65_HS1-834228961_62-HQ-83894_Section_3
Agency: FBI
Page 151
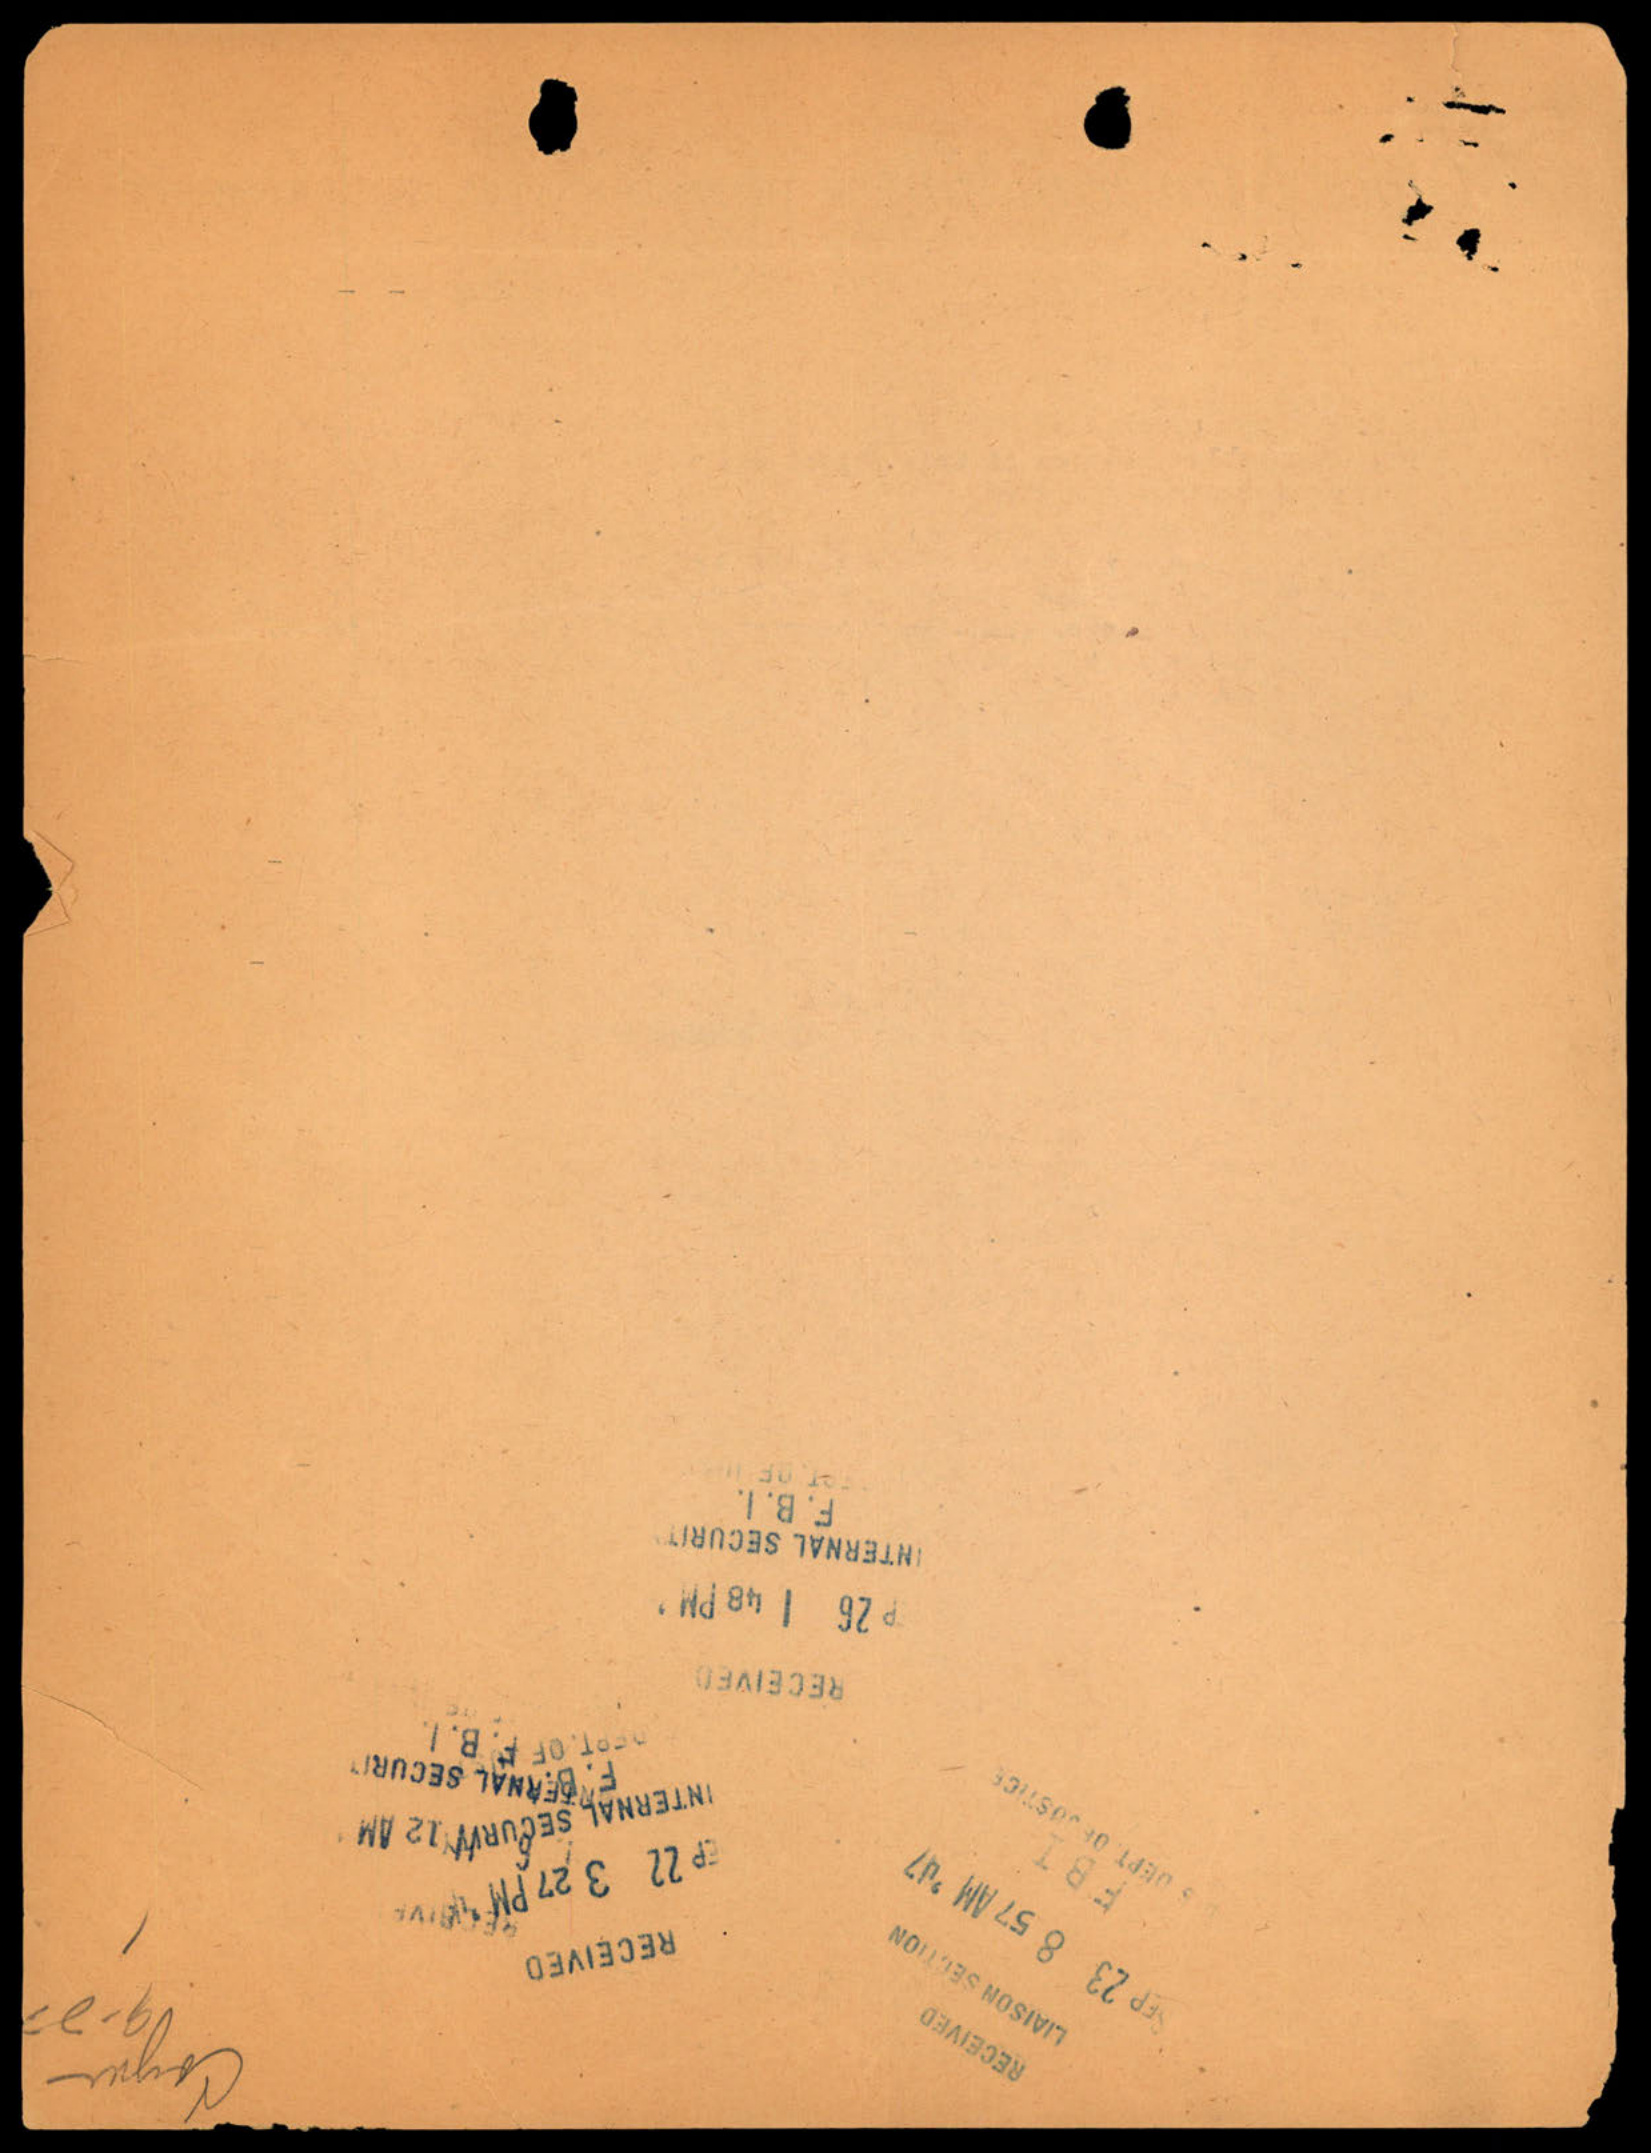